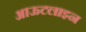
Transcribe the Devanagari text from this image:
आऊटलाइन